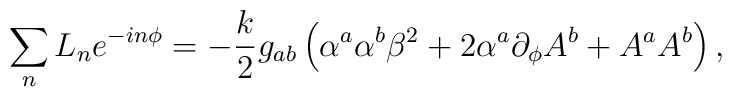
\sum_n L_n e^{-in\phi} = -{k\over 2}g_{ab}\left(\alpha^a\alpha^b  \beta^2 +    2\alpha^a\partial_\phi A^b + A^a A^b\right),